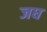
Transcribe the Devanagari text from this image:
जघ